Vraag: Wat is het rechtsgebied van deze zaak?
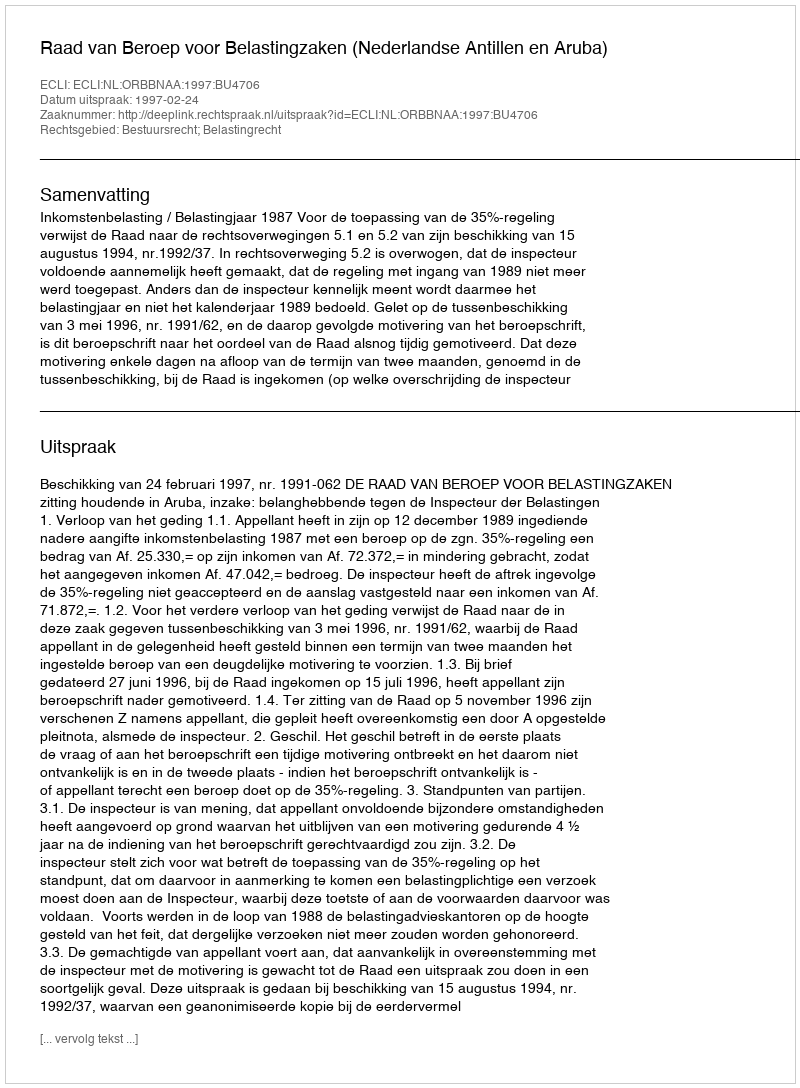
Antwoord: Bestuursrecht; Belastingrecht